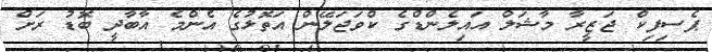
ޕެސިފިކް ޖަޒީރާ މާޝަލް އައިލެންޑްގެ ކްވަޖަލޭން އަތޮޅުގެ އެންމެ އާބާދީ ބޮޑު ރަށް